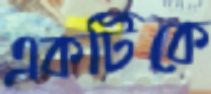
একটিকে